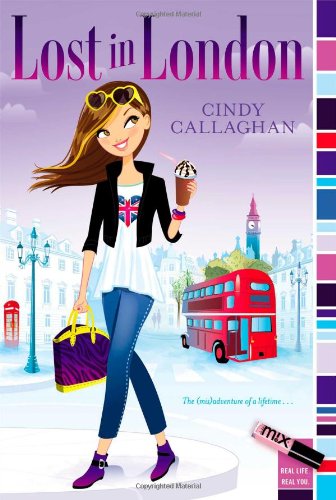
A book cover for Lost in London (mix); Cindy Callaghan; Children's Books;